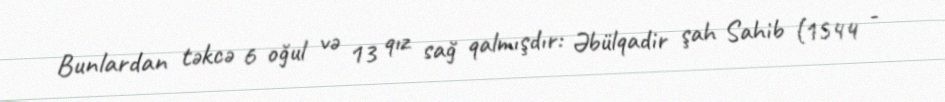
Bunlardan təkcə 6 oğul və 13 qız sağ qalmışdır: Əbülqadir şah Sahib (1544 -